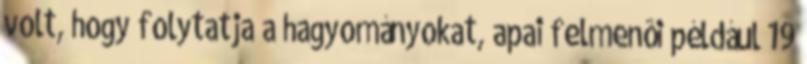
volt, hogy folytatja a hagyományokat, apai felmenôi például 19